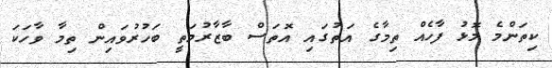
ކިތަންމެ މޮޅު ފާހެއް ތިމާގެ އަތުގައި އޮތަސް ބާޒާރުމަތީ ބަހުރުވައިން ތިމާ ވާހަކަ